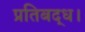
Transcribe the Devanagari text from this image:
प्रतिबद्ध।